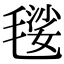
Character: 𣯢